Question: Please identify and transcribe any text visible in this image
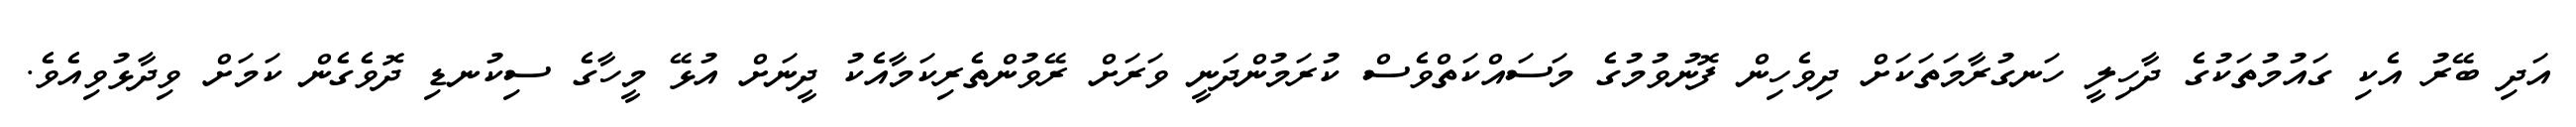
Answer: އަދި ބޭރު އެކި ގައުމުތަކުގެ ދާހިލީ ހަނގުރާމަތަކަށް ދިވެހިން ފޮނުވުމުގެ މަސައްކަތްވެސް ކުރަމުންދަނީ ވަރަށް ރޭވުންތެރިކަމާއެކު ދީނަށް އުޅޭ މީހާގެ ސިކުނޑި ދޮވެގެން ކަމަށް ވިދާޅުވިއެވެ.